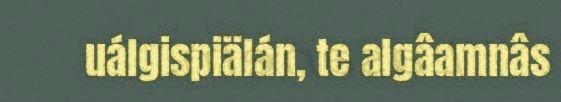
uálgispiälán, te algâamnâs